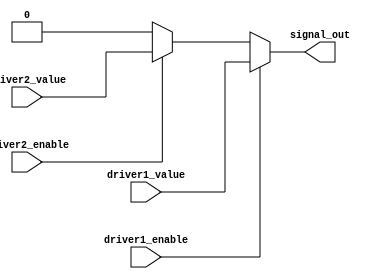
module multiple_drivers_example (
    input wire driver1_enable,
    input wire driver2_enable,
    input wire driver1_value,
    input wire driver2_value,
    output wire signal_out
);

// Declare the signal that will be driven by multiple sources
wire signal_out;

// Continuous assignments for each driver with resolution strategy
assign signal_out = (driver1_enable) ? driver1_value :
                    (driver2_enable) ? driver2_value : 1'b0; // Default value when no driver is enabled

endmodule